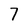
Character: 7